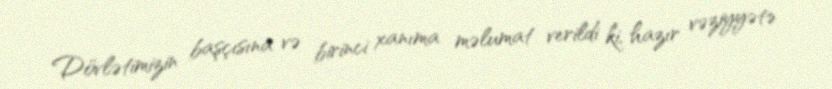
Dövlətimizin başçısına və birinci xanıma məlumat verildi ki, hazır vəziyyətə